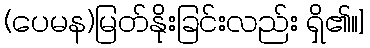
(ပေမန)မြတ်နိုးခြင်းလည်း ရှိ၏။]